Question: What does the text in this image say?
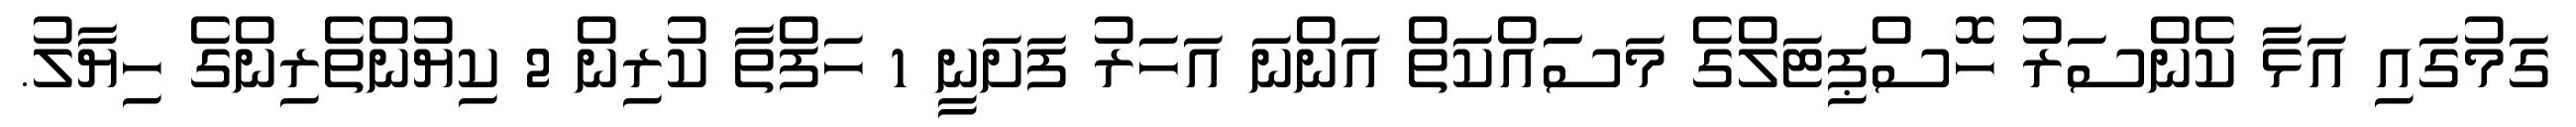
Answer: ގަމުގައި އަޅާ ކެންސަރު ހޮސްޕިޓަލްގެ މަސަައްކަތް އަންނަ އަހަރު ފަށަނީ 1 ހަފްތާ ކުރިން 2 ކިޔުންތެރިންގެ ހިޔާލު.